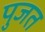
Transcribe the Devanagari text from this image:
पुजत